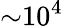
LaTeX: \mathrm{\sim}10^{4}